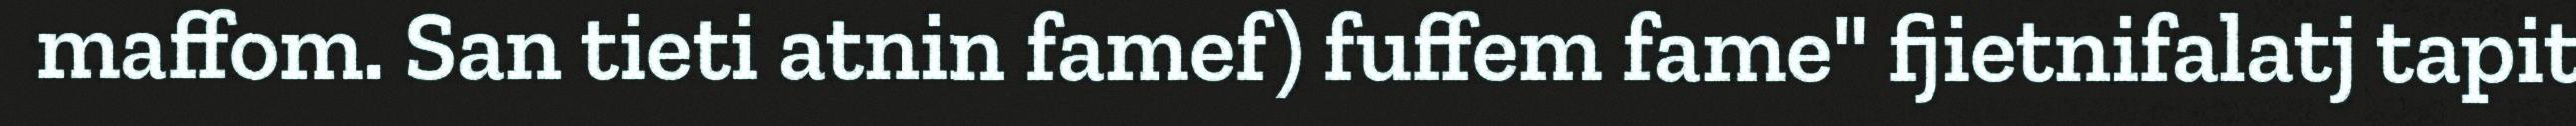
maffom. San tieti atnin famef) fuffem fame" fjietnifalatj tapit